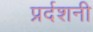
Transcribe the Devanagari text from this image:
प्रर्दशनी